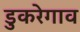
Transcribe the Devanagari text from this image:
डुकरेगाव